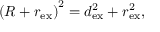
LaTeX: \left( R + r _ { \mathrm { e x } } \right) ^ { 2 } = d _ { \mathrm { e x } } ^ { 2 } + r _ { \mathrm { e x } } ^ { 2 } ,